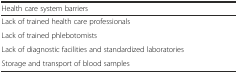
<table><thead><tr><td colspan="2"><b>Health care system barriers</b></td></tr></thead><tbody><tr><td colspan="2">Lack of trained health care professionals</td></tr><tr><td colspan="2">Lack of trained phlebotomists</td></tr><tr><td colspan="2">Lack of diagnostic facilities and standardized laboratories</td></tr><tr><td colspan="2">Storage and transport of blood samples</td></tr></tbody></table>